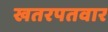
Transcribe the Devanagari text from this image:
खतरपतवार